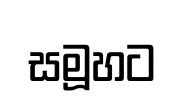
සමූහට